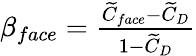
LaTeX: \begin{array}{r}{\beta_{face}=\frac{\widetilde{C}_{face}-\widetilde{C}_{D}}{1-\widetilde{C}_{D}}}\end{array}